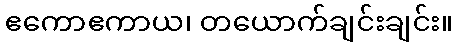
ဧကောဧကာယ၊ တယောက်ချင်းချင်း။